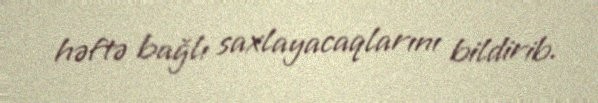
həftə bağlı saxlayacaqlarını bildirib.